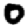
Digit: 0